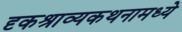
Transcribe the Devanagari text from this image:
दृकश्राव्यकथनामध्ये